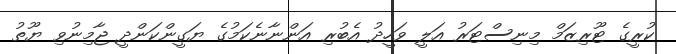
ކުރީގެ ޓޫރިޒަމް މިނިސްޓަރު އަލީ ވަހީދު އެބުރި އަންނާނެކަމުގެ ޔަގީންކަންދީ ޖާމިނުވި ޔޫތު